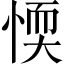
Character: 愞